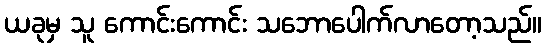
ယခုမှ သူ ကောင်းကောင်း သဘောပေါက်လာတော့သည်။